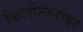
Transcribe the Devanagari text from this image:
किर्लोस्करांवर